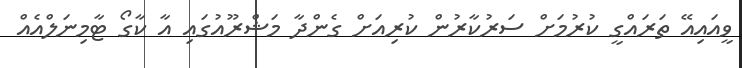
ވީއައިއޭ ތަރައްގީ ކުރުމަށް ސަރުކާރުން ކުރިއަށް ގެންދާ މަޝްރޫއުގައި އާ ކާގޯ ޓާމިނަލްއެއް